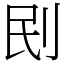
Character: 刡